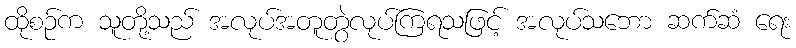
ထိုစဉ်က သူတို့သည် အလုပ်အတူတွဲလုပ်ကြရသဖြင့် အလုပ်သဘော ဆက်ဆံ ရေး